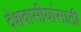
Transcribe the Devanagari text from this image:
देशवासीयांसाठी